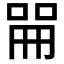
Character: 𫪡